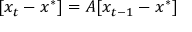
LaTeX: [ x _ { t } - x ^ { * } ] = A [ x _ { t - 1 } - x ^ { * } ]